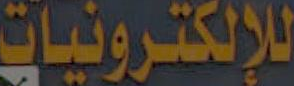
للإلكترونيات